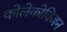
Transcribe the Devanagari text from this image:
कोलेकोविजन